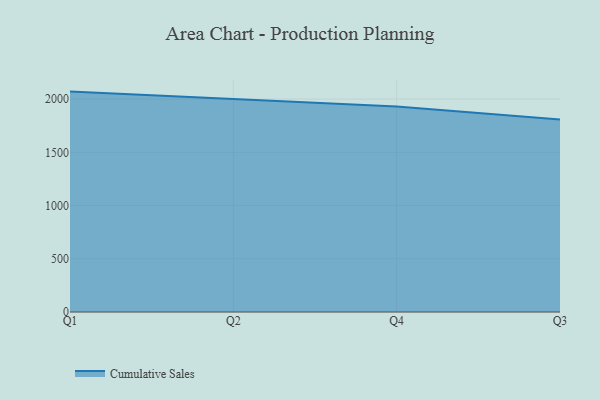
{"axis": {"x": "Quarter", "y": "Satisfaction Score"}, "legend": ["Cumulative Sales"], "data": [{"x": "Q1", "y": 2070.2, "type": "Cumulative Sales"}, {"x": "Q2", "y": 1997.9, "type": "Cumulative Sales"}, {"x": "Q4", "y": 1929.3, "type": "Cumulative Sales"}, {"x": "Q3", "y": 1807.2, "type": "Cumulative Sales"}]}